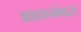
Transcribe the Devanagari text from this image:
आव्हानांबद्दल